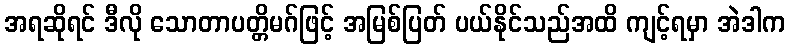
အရဆိုရင် ဒီလို သောတာပတ္တိမဂ်ဖြင့် အမြစ်ပြတ် ပယ်နိုင်သည်အထိ ကျင့်ရမှာ အဲဒါက